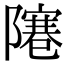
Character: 𨼭